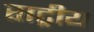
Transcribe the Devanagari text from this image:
राट्रीय